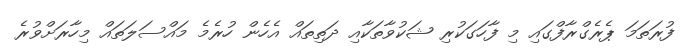
ފުރަތަމަ ޕެރެގްރާފްގައި މި ފާހަގަކުރި ޝަކުވާތަކާއި ދަތިތައް އެހެން ހުރެމެ މައްސަލަތައް މިހާރަށްވުރެ